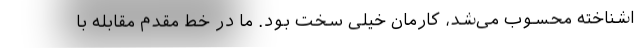
اشناخته محسوب می‌شد، کارمان خیلی سخت بود. ما در خط مقدم مقابله با